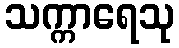
သက္ကာရေသု